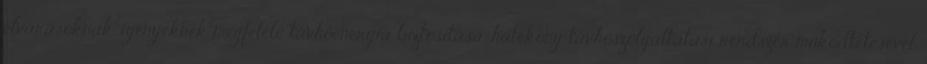
elvárásoknak, igényeknek megfelelő távhőenergia biztosítása, hatékony távhőszolgáltatási rendszer működtetésével.